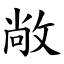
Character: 敞